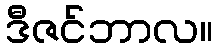
ဒီဇင်ဘာလ။